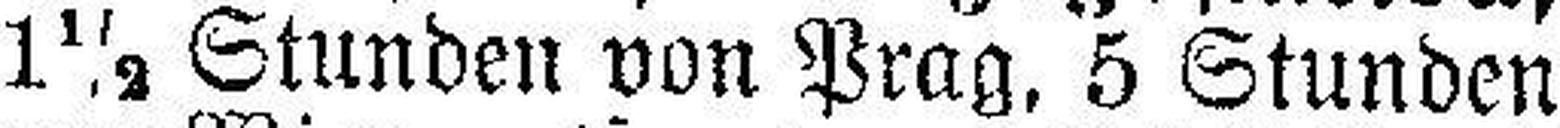
1½ Stunden von Prag, 5 Stunden